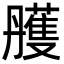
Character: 雘